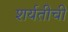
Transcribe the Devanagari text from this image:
शर्यतीची